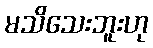
မသိသေးဘူးဟု